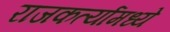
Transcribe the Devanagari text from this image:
राजकर्त्यामध्ये